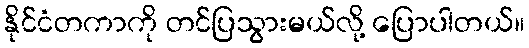
နိုင်ငံတကာကို တင်ပြသွားမယ်လို့ ပြောပါတယ်။